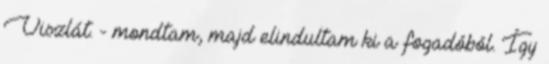
Viszlát. - mondtam, majd elindultam ki a fogadóból. Így